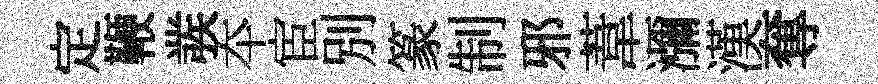
定鞭彂夲宦別篆制邪葦瀰漢奪